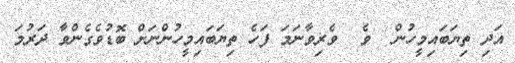
އަދި ތިޔަބައިމީހުން  ވެ  ވެރިވާނަމަ ފަހެ ތިޔަބައިމީހުންނަށް ބޮޑުވެގެންވާ ދަރުމަ